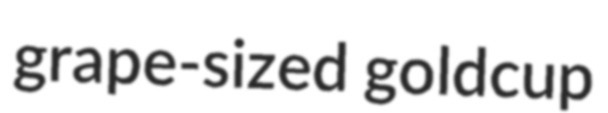
grape-sized goldcup